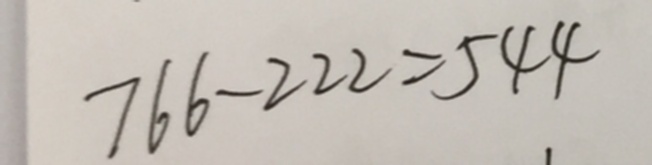
7 6 6 - 2 2 2 = 5 4 4